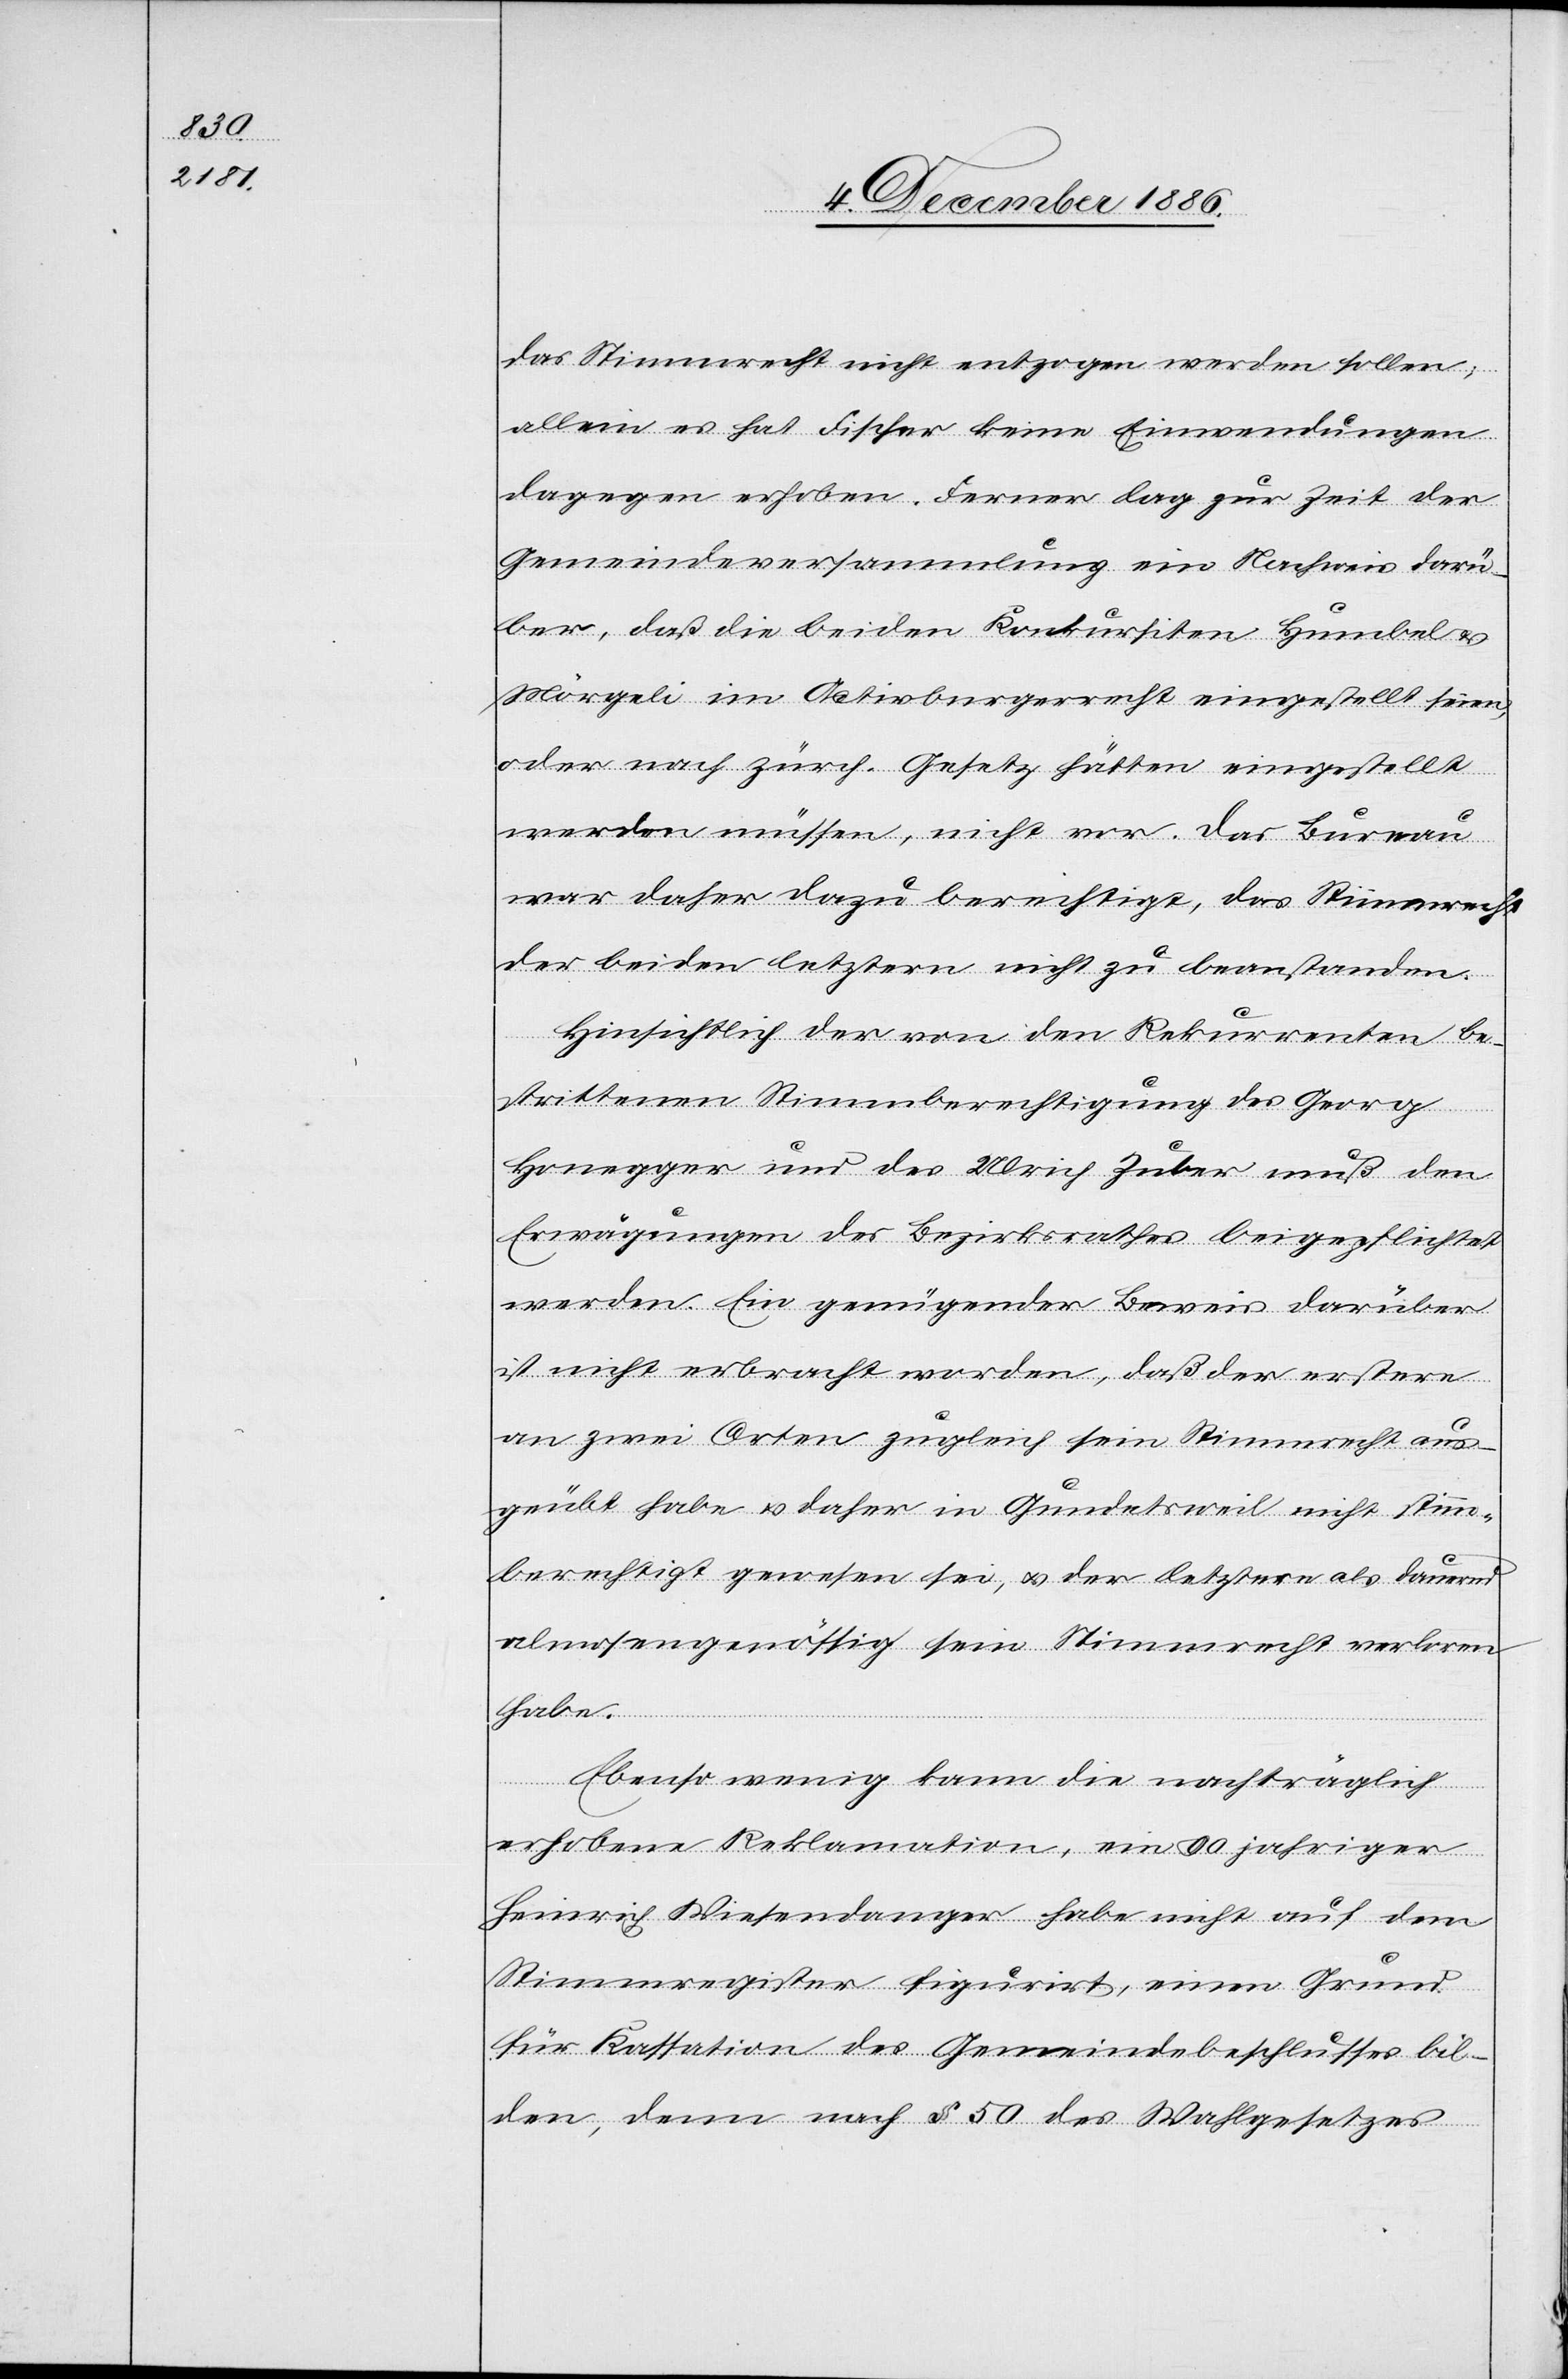
das Stimmrecht nicht entzogen werden sollen;
allein es hat Fischer keine Einwendungen
dagegen erhoben. Ferner lag zur Zeit der
Gemeindeversammlung ein Nachweis darü¬
ber, daß die beiden Konkursiten Humbel &
Mörgeli im Activburgerrecht [sic!] eingestellt seien,
oder nach zürch. Gesetz hätten eingestellt
werden müssen, nicht vor. Das Bureau
war daher dazu berechtigt, das Stimmrecht
der beiden letztern nicht zu beanstanden.
Hinsichtlich der von den Rekurrenten be¬
strittenen Stimmberechtigung des Georg
Honegger und des Ulrich Zuber muß den
Erwägungen des Bezirksrathes beigepflichtet
werden. Ein genügender Beweis darüber
ist nicht erbracht worden, daß der erstere
an zwei Orten zugleich sein Stimmrecht aus¬
geübt habe & daher in Gundetsweil nicht stimm¬
berechtigt gewesen sei, & der letztere als dauernd
almosengenössig sein Stimmrecht verloren
habe.
Ebenso wenig kann die nachträglich
erhobene Reklamation, ein 90jahriger
Heinrich Wiesendanger habe nicht auf dem
Stimmregister figurirt, einen Grund
für Kassation des Gemeindebeschlusses bil¬
den, denn nach § 50 des Wahlgesetzes